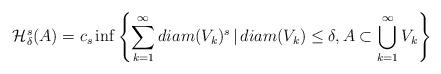
LaTeX: \begin{align*} \mathcal{H}^s_\delta(A)=c_s \inf\left\{\sum_{k=1}^\infty diam(V_k)^s \,|\,diam(V_k)\le\delta, A\subset \bigcup_{k=1}^\infty V_k\right\} \end{align*}